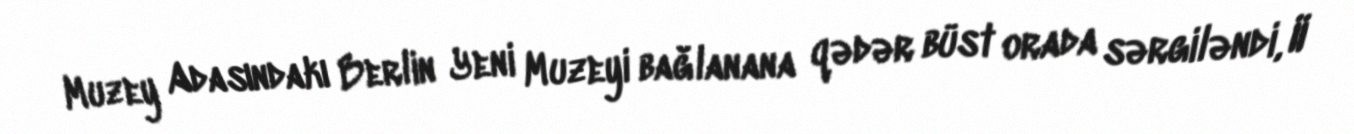
Muzey Adasındakı Berlin Yeni Muzeyi bağlanana qədər büst orada sərgiləndi, II